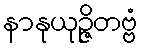
နာနုယုဉ္ဇိတဗ္ဗံ